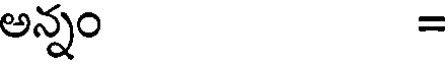
అన్నం =